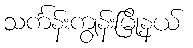
သင်္ကန်းကျွန်းမြို့နယ်